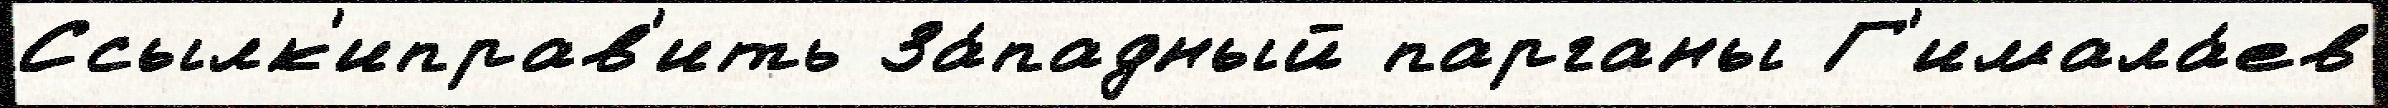
Ссылк'иправ'ить За́падный парганы Г'имала́ев